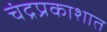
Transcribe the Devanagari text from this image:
चंद्रप्रकाशात